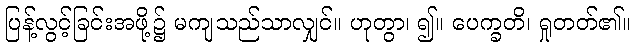
ပြန့်လွင့်ခြင်းအဖို့၌ မကျသည်သာလျှင်။ ဟုတွာ၊ ၍။ ပေက္ခတိ၊ ရှုတတ်၏။